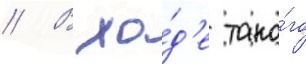
// В хо́д'е тако́го